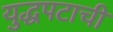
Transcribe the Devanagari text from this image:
युद्धपटाची